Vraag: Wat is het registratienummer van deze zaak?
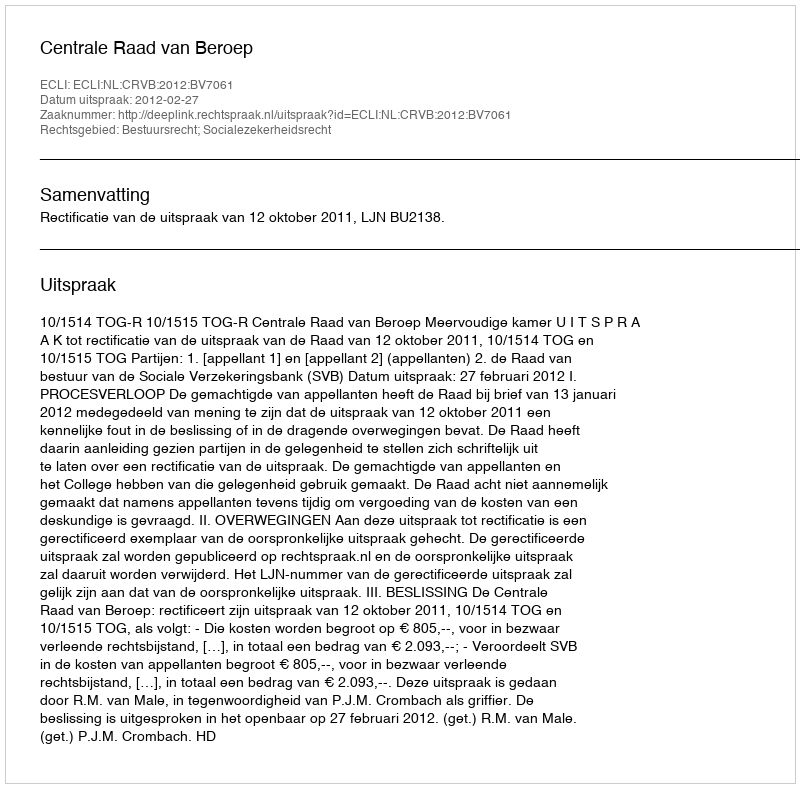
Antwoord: http://deeplink.rechtspraak.nl/uitspraak?id=ECLI:NL:CRVB:2012:BV7061